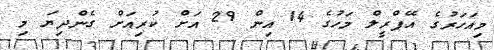
މިއަހަރުގެ އޭޕްރީލް މަހުގެ 14 އިން 29 އަށް ކުރިއަށް ގެންދިޔަ މި